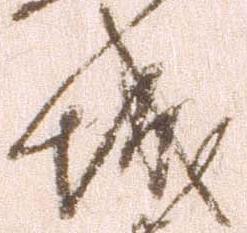
城